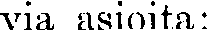
via asioita: